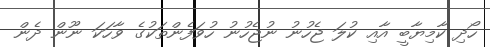
ހޯދި ކާމިޔާބީ އާއި ކުލަ ޖެހުނު ނުޖެހުނު ހުވަފެންތަކުގެ ވާހަކަ ނޫން ދެން